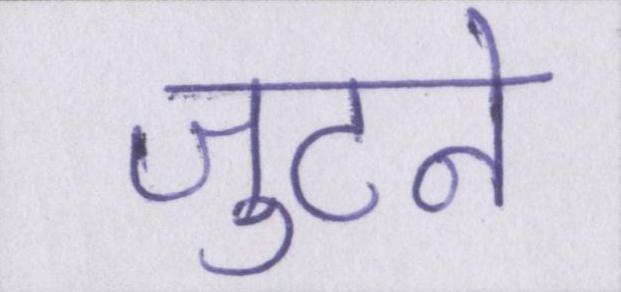
जुटने